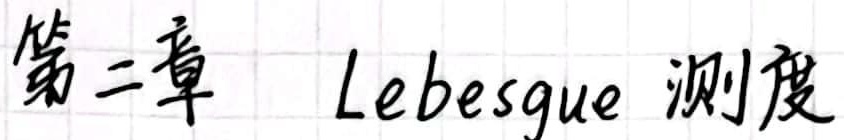
第二章 Lebesgue 测度